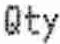
QTY